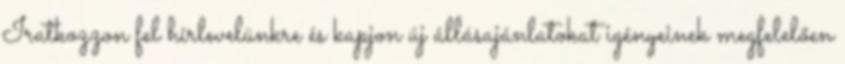
Iratkozzon fel hírlevelünkre és kapjon új állásajánlatokat igényeinek megfelelően